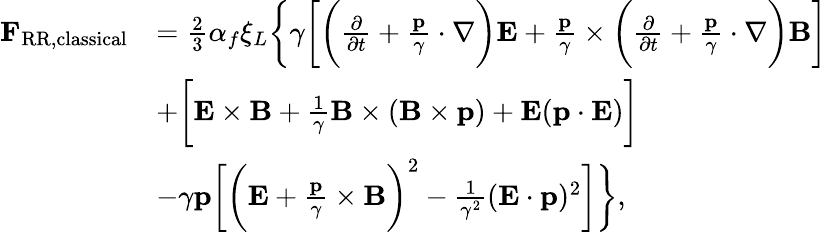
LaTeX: \begin{array}{rl}{\mathbf{F}_{\mathrm{RR,classical}}}&{=\frac{2}{3}\alpha_{f}\xi_{L}\bigg\lbrace\gamma\bigg[\bigg(\frac{\partial}{\partial t}+\frac{\mathbf{p}}{\gamma}\cdot\nabla\bigg)\mathbf{E}+\frac{\mathbf{p}}{\gamma}\times\bigg(\frac{\partial}{\partial t}+\frac{\mathbf{p}}{\gamma}\cdot\nabla\bigg)\mathbf{B}\bigg]}\\ &{+\bigg[\mathbf{E}\times\mathbf{B}+\frac{1}{\gamma}\mathbf{B}\times(\mathbf{B}\times\mathbf{p})+\mathbf{E}(\mathbf{p\cdot E})\bigg]}\\ &{-\gamma\mathbf{p}\bigg[\bigg(\mathbf{E}+\frac{\mathbf{p}}{\gamma}\times\mathbf{B}\bigg)^{2}-\frac{1}{\gamma^{2}}(\mathbf{E\cdot p})^{2}\bigg]\bigg\rbrace,}\end{array}